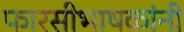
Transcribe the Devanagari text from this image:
फारसीभाषकांनी